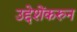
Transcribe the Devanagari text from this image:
उद्देशेंकरुन